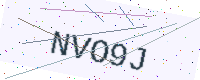
Text: NVO9J